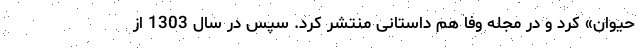
حیوان» کرد و در مجله وفا هم داستانی منتشر کرد. سپس در سال 1303 از